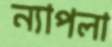
ন্যাপলা